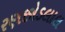
રણછોડલાલ